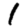
Digit: 1